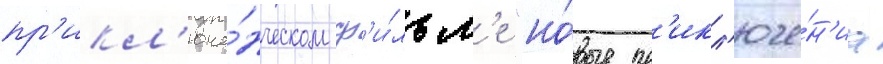
пр'икл'юче́нческом ф'и́льм'е "но́вые пр'икл'юче́н'иа